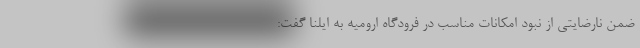
ضمن نارضایتی از نبود امکانات مناسب در فرودگاه ارومیه به ایلنا گفت: